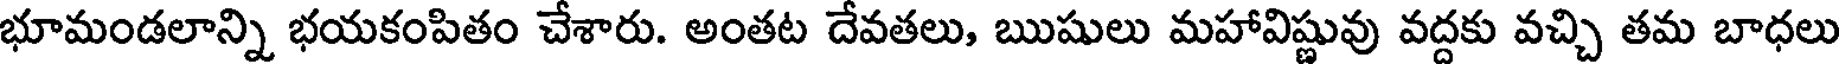
భూమండలాన్ని భయకంపితం చేశారు. అంతట దేవతలు, ఋషులు మహావిష్ణువు వద్దకు వచ్చి తమ బాధలు